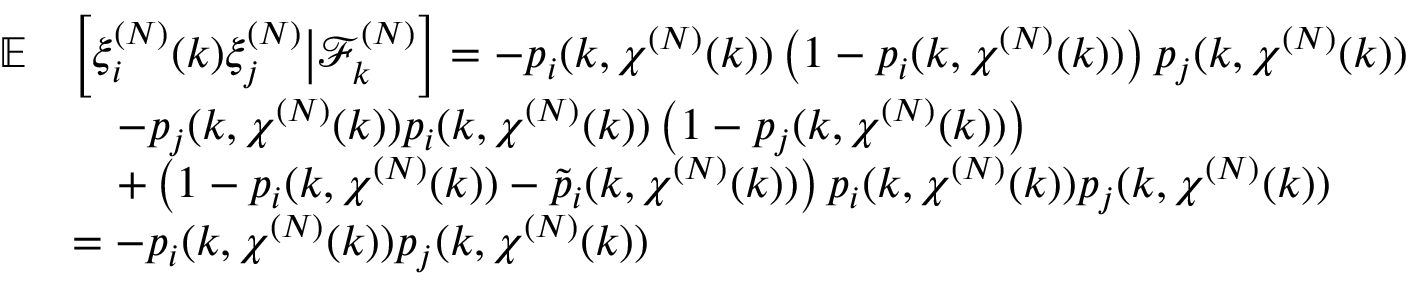
\begin{array} { r l } { \mathbb { E } } & { \left[ \xi _ { i } ^ { ( N ) } ( k ) \xi _ { j } ^ { ( N ) } \big | \mathcal { F } _ { k } ^ { ( N ) } \right] = - p _ { i } ( k , \chi ^ { ( N ) } ( k ) ) \left( 1 - p _ { i } ( k , \chi ^ { ( N ) } ( k ) ) \right) p _ { j } ( k , \chi ^ { ( N ) } ( k ) ) } \\ & { \quad - p _ { j } ( k , \chi ^ { ( N ) } ( k ) ) p _ { i } ( k , \chi ^ { ( N ) } ( k ) ) \left( 1 - p _ { j } ( k , \chi ^ { ( N ) } ( k ) ) \right) } \\ & { \quad + \left( 1 - p _ { i } ( k , \chi ^ { ( N ) } ( k ) ) - \tilde { p } _ { i } ( k , \chi ^ { ( N ) } ( k ) ) \right) p _ { i } ( k , \chi ^ { ( N ) } ( k ) ) p _ { j } ( k , \chi ^ { ( N ) } ( k ) ) } \\ & { = - p _ { i } ( k , \chi ^ { ( N ) } ( k ) ) p _ { j } ( k , \chi ^ { ( N ) } ( k ) ) } \end{array}